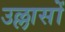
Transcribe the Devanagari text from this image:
उल्लासों